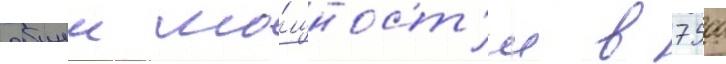
общеи мо́щност'и в 7500